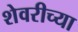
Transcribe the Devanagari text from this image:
शेवरीच्या